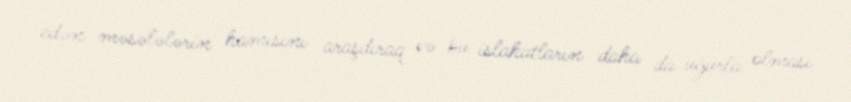
edən məsələlərin hamısını araşdıraq və bu islahatların daha da uğurla olması